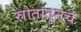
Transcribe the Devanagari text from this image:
स्रोतातूनच